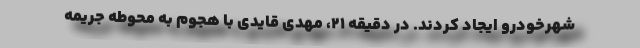
شهرخودرو ایجاد کردند. در دقیقه ۲۱، مهدی قایدی با هجوم به محوطه جریمه